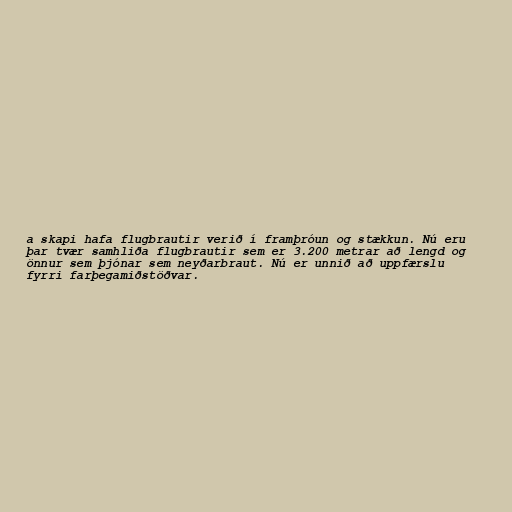
a skapi hafa flugbrautir verið í framþróun og stækkun. Nú eru
þar tvær samhliða flugbrautir sem er 3.200 metrar að lengd og
önnur sem þjónar sem neyðarbraut. Nú er unnið að uppfærslu
fyrri farþegamiðstöðvar.